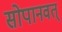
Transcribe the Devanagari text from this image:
सोपानवत्‌